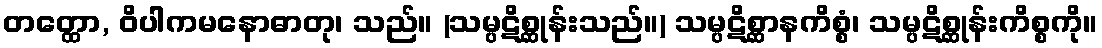
တတ္ထော, ဝိပါကမနောဓာတု၊ သည်။ (သမ္ပဋိစ္ဆုန်းသည်။) သမ္ပဋိစ္ဆာနကိစ္စံ၊ သမ္ပဋိစ္ဆုန်းကိစ္စကို။